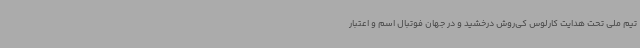
تیم ملی تحت هدایت کارلوس کی‌روش درخشید و در جهان فوتبال اسم و اعتبار